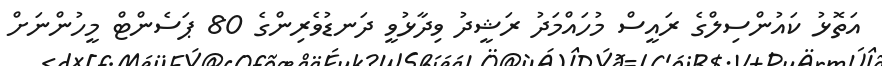
އަތޮޅު ކައުންސިލްގެ ރައީސް މުހައްމަދު ރަޝީދު ވިދާޅުވީ ދަނޑުވެރިންގެ 80 ޕަސެންޓް މީހުންނަށް